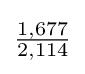
{\tfrac {1,677}{2,114}}